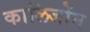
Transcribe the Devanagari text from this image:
कालिजोंन